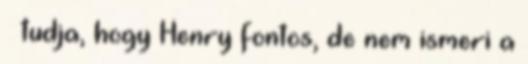
– tudja, hogy Henry fontos, de nem ismeri a